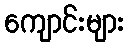
ကျောင်းများ